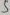
Text: 5